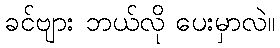
ခင်ဗျား ဘယ်လို ပေးမှာလဲ။